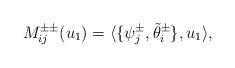
LaTeX: \begin{align*} M_{ij}^{\pm \pm}(u_1)=\langle \{\psi_j^{\pm}, \tilde \theta_i^{\pm} \}, u_1\rangle,\end{align*}